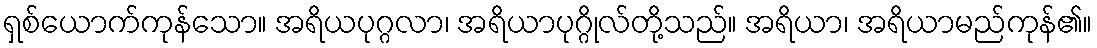
ရှစ်ယောက်ကုန်သော။ အရိယပုဂ္ဂလာ၊ အရိယာပုဂ္ဂိုလ်တို့သည်။ အရိယာ၊ အရိယာမည်ကုန်၏။